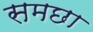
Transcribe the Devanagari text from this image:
समछा